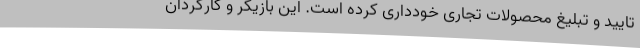
تایید و تبلیغ محصولات تجاری خودداری کرده است. این بازیگر و کارگردان